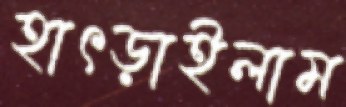
হাৎড়াইলাম